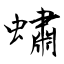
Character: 蟰